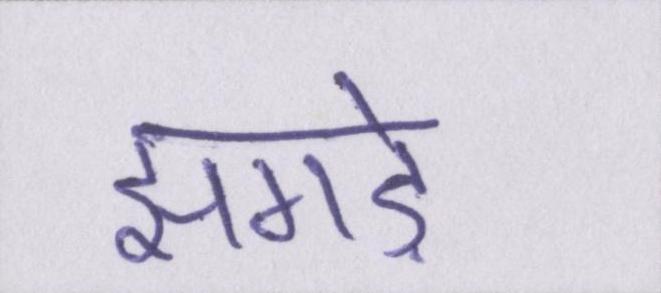
झगड़े